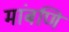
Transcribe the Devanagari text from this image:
मांबणि